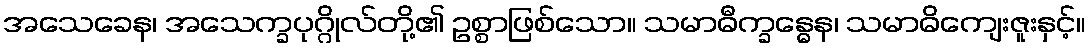
အသေခေန၊ အသေက္ခပုဂ္ဂိုလ်တို့၏ ဥစ္စာဖြစ်သော။ သမာဓီက္ခန္ဓေန၊ သမာဓိကျေးဇူးနှင့်။